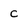
Character: c